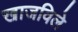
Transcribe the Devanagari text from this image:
खाजविले